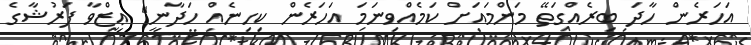
އަހަރެން ހާދަ ބިރެއްގަތޭ މަންމައަށް ކަމެއްވިނަމަ އަހަރެން ކިހިނެއް ހަދާނީ" ޢިޒްވާ ފަރުޝާގެ